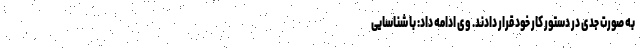
به صورت جدی در دستور کار خود قرار دادند. وی ادامه داد: با شناسایی